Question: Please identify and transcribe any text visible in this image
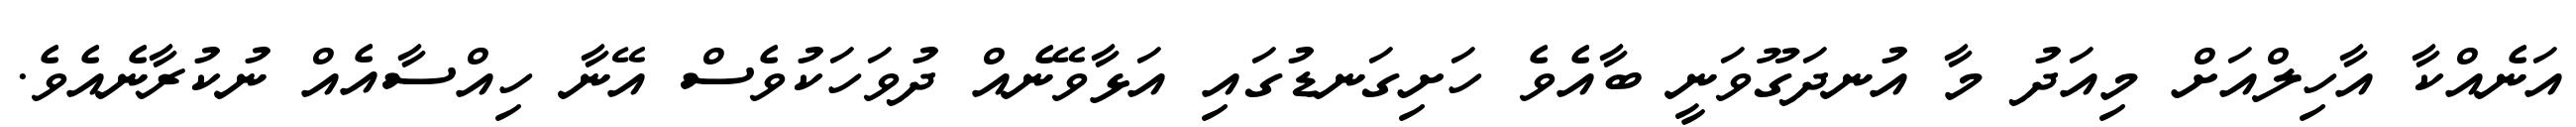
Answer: އަނެއްކާ އާހިލްއަށް މިއަދު މާ އުނދަގޫވަނީ ބާއެވެ ހަށިގަނޑުގައި އަޅާވޭނެއް ދުވަހަކުވެސް އޭނާ ހިއްސާއެއް ނުކުރާނެއެވެ.